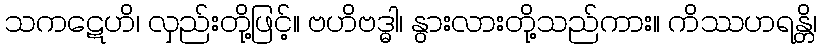
သကဋေဟိ၊ လှည်းတို့ဖြင့်။ ဗဟိဗဒ္ဓါ၊ နွားလားတို့သည်ကား။ ကိဿဟရန္တိ၊